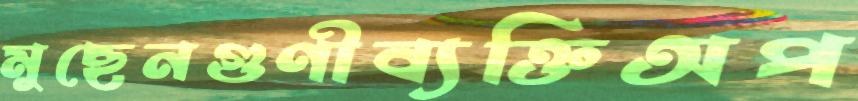
মুছেনগুণীব্যক্তিঅপ